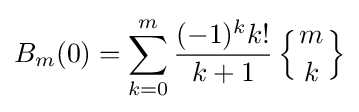
B_{m}(0)=\sum _{k=0}^{m}{\frac {(-1)^{k}k!}{k+1}}\left\{{m \atop k}\right\}